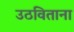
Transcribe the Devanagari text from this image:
उठविताना